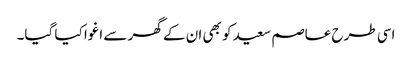
اسی طرح عاصم سعید کو بھی ان کے گھر سے اغوا کیا گیا۔